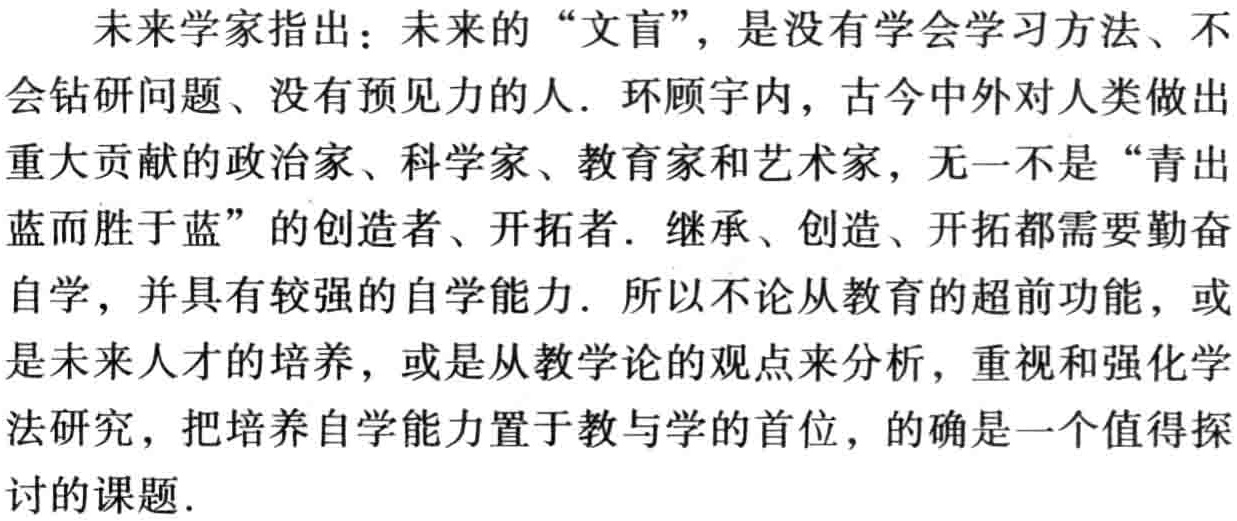
未来学家指出：未来的 “文盲”，是没有学会学习方法、不会钻研问题、没有预见力的人．环顾宇内，古今中外对人类做出重大贡献的政治家、科学家、教育家和艺术家，无一不是 “青出蓝而胜于蓝” 的创造者、开拓者．继承、创造、开拓都需要勤奋自学，并具有较强的自学能力．所以不论从教育的超前功能，或是未来人才的培养，或是从教学论的观点来分析，重视和强化学法研究，把培养自学能力置于教与学的首位，的确是一个值得探讨的课题．